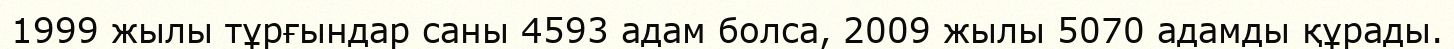
1999 жылы тұрғындар саны 4593 адам болса, 2009 жылы 5070 адамды құрады.